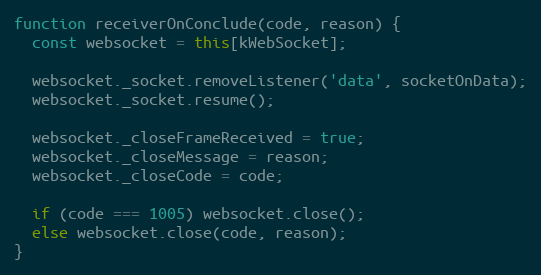
Language: JavaScript
function receiverOnConclude(code, reason) {
  const websocket = this[kWebSocket];

  websocket._socket.removeListener('data', socketOnData);
  websocket._socket.resume();

  websocket._closeFrameReceived = true;
  websocket._closeMessage = reason;
  websocket._closeCode = code;

  if (code === 1005) websocket.close();
  else websocket.close(code, reason);
}